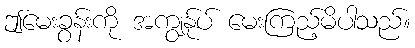
ဤမေးခွန်းကို အကျွန်ုပ် မေးကြည့်မိပါသည်။